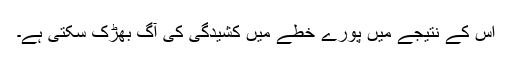
اس کے نتیجے میں پورے خطے میں کشیدگی کی آگ بھڑک سکتی ہے۔